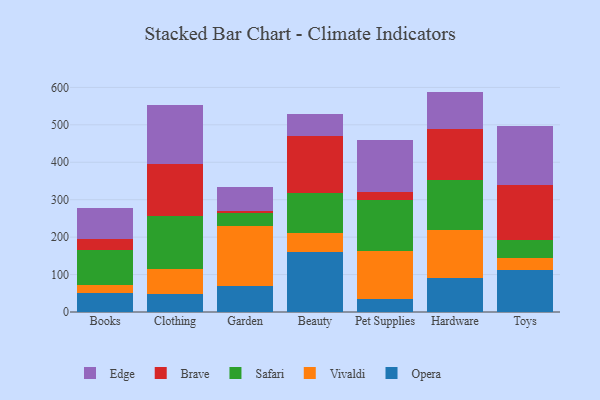
{"axis": {"x": "Category", "y": "Gross Profit (USD K)"}, "legend": ["Brave", "Edge", "Opera", "Safari", "Vivaldi"], "data": [{"x": "Books", "y": 51.1, "type": "Opera"}, {"x": "Books", "y": 19.9, "type": "Vivaldi"}, {"x": "Books", "y": 94.7, "type": "Safari"}, {"x": "Books", "y": 30.4, "type": "Brave"}, {"x": "Books", "y": 82.4, "type": "Edge"}, {"x": "Clothing", "y": 49.2, "type": "Opera"}, {"x": "Clothing", "y": 66.5, "type": "Vivaldi"}, {"x": "Clothing", "y": 140.6, "type": "Safari"}, {"x": "Clothing", "y": 137.8, "type": "Brave"}, {"x": "Clothing", "y": 158.2, "type": "Edge"}, {"x": "Garden", "y": 68.4, "type": "Opera"}, {"x": "Garden", "y": 161.3, "type": "Vivaldi"}, {"x": "Garden", "y": 34.6, "type": "Safari"}, {"x": "Garden", "y": 6.6, "type": "Brave"}, {"x": "Garden", "y": 63.6, "type": "Edge"}, {"x": "Beauty", "y": 161.1, "type": "Opera"}, {"x": "Beauty", "y": 50.4, "type": "Vivaldi"}, {"x": "Beauty", "y": 107.3, "type": "Safari"}, {"x": "Beauty", "y": 151.0, "type": "Brave"}, {"x": "Beauty", "y": 58.3, "type": "Edge"}, {"x": "Pet Supplies", "y": 34.7, "type": "Opera"}, {"x": "Pet Supplies", "y": 128.1, "type": "Vivaldi"}, {"x": "Pet Supplies", "y": 136.0, "type": "Safari"}, {"x": "Pet Supplies", "y": 20.6, "type": "Brave"}, {"x": "Pet Supplies", "y": 141.1, "type": "Edge"}, {"x": "Hardware", "y": 90.9, "type": "Opera"}, {"x": "Hardware", "y": 128.2, "type": "Vivaldi"}, {"x": "Hardware", "y": 133.0, "type": "Safari"}, {"x": "Hardware", "y": 137.7, "type": "Brave"}, {"x": "Hardware", "y": 99.0, "type": "Edge"}, {"x": "Toys", "y": 111.2, "type": "Opera"}, {"x": "Toys", "y": 32.9, "type": "Vivaldi"}, {"x": "Toys", "y": 48.4, "type": "Safari"}, {"x": "Toys", "y": 147.3, "type": "Brave"}, {"x": "Toys", "y": 157.5, "type": "Edge"}]}